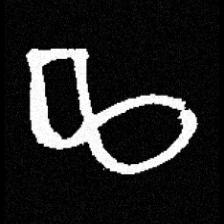
Pyu character \u2014 Myanmar letter: ဆ (romanized: cha)